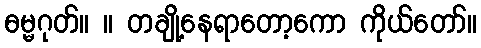
ဓမ္မဂုတ်။ ။ တချို့နေရာတော့ကော ကိုယ်တော်။